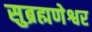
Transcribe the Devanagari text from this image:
सुब्रह्मणेश्वर